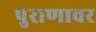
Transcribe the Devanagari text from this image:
पुराणावर